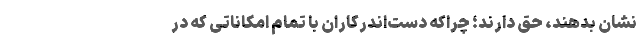
نشان بدهند، حق دارند؛ چراکه دست‌اندرکاران با تمام امکاناتی که در